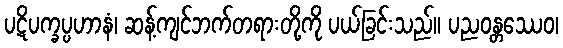
ပဋိပက္ခပ္ပဟာနံ၊ ဆန့်ကျင်ဘက်တရားတို့ကို ပယ်ခြင်းသည်။ ပညဝန္တဿေဝ၊